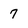
Character: 7